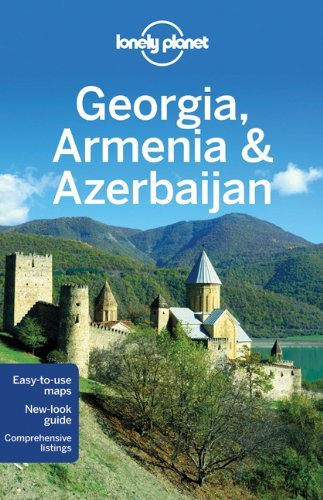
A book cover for By Lonely Planet - Lonely Planet Georgia, Armenia & Azerbaijan (Travel Guide) (4th Edition) (5/16/12); Lonely Planet; Travel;